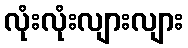
လုံးလုံးလျားလျား